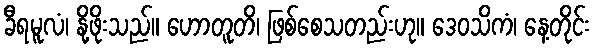
ခီရမူလံ၊ နို့ဖိုးသည်။ ဟောတူတိ၊ ဖြစ်စေသတည်းဟု။ ဒေဝသိကံ၊ နေ့တိုင်း